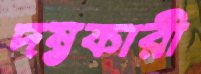
দম্ভকারী